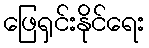
ဖြေရှင်းနိုင်ရေး